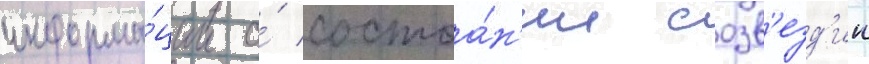
информа́ции о́ состоа́н'ии созв'езд'ии